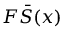
F \bar { S } ( x )